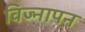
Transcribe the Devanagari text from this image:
विज्नापन